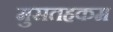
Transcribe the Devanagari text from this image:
मुसतहकम